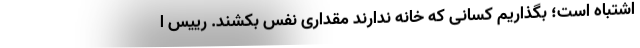
اشتباه است؛ بگذاریم کسانی که خانه ندارند مقداری نفس بکشند. رییس ا